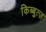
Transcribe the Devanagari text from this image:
किब्बुत्ज़